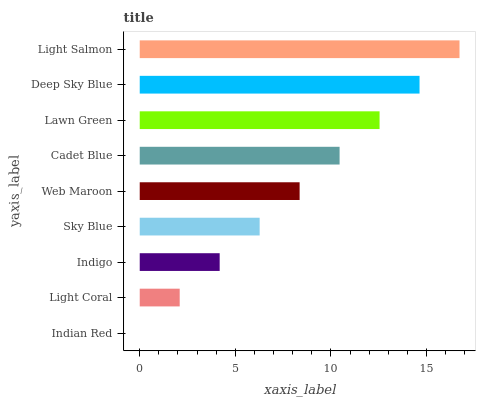
| yaxis_label | bars |
 | --- | --- |
 | Indian Red | 0 |
 | Light Coral | 2.09 |
 | Indigo | 4.18 |
 | Sky Blue | 6.27 |
 | Web Maroon | 8.36 |
 | Cadet Blue | 10.5 |
 | Lawn Green | 12.5 |
 | Deep Sky Blue | 14.6 |
 | Light Salmon | 16.7 |